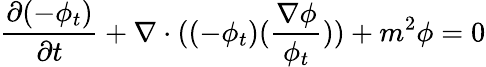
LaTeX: \frac{\partial(-\phi_{t})}{\partial t}+\nabla\cdot((-\phi_{t})(\frac{\nabla\phi}{\phi_{t}}))+m^{2}\phi=0